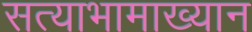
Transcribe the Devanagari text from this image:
सत्याभामाख्यान